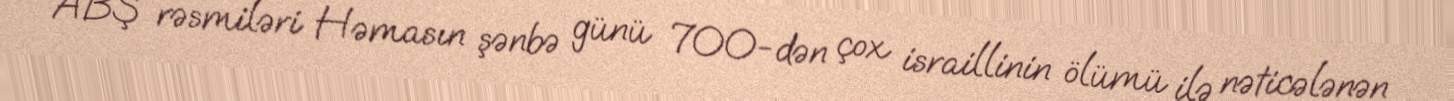
ABŞ rəsmiləri Həmasın şənbə günü 700-dən çox israillinin ölümü ilə nəticələnən